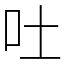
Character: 吐